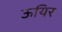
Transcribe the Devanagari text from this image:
ऊयिर